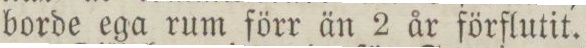
borde ega rum förr än 2 år förflutit.